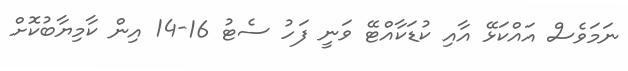
ނަމަވެސް އައްކަޅޭ އާއި ކުޑަކާއްޓޭ ވަނީ ފަހު ސެޓު 16-14 އިން ކާމިޔާބުކޮށް